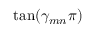
\tan ( \gamma _ { m n } \pi )